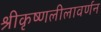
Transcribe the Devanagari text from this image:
श्रीकृष्णलीलावर्णन